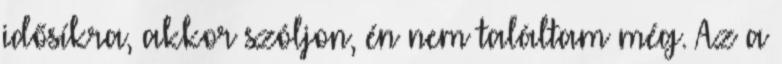
idősíkra, akkor szóljon, én nem találtam még. Az a